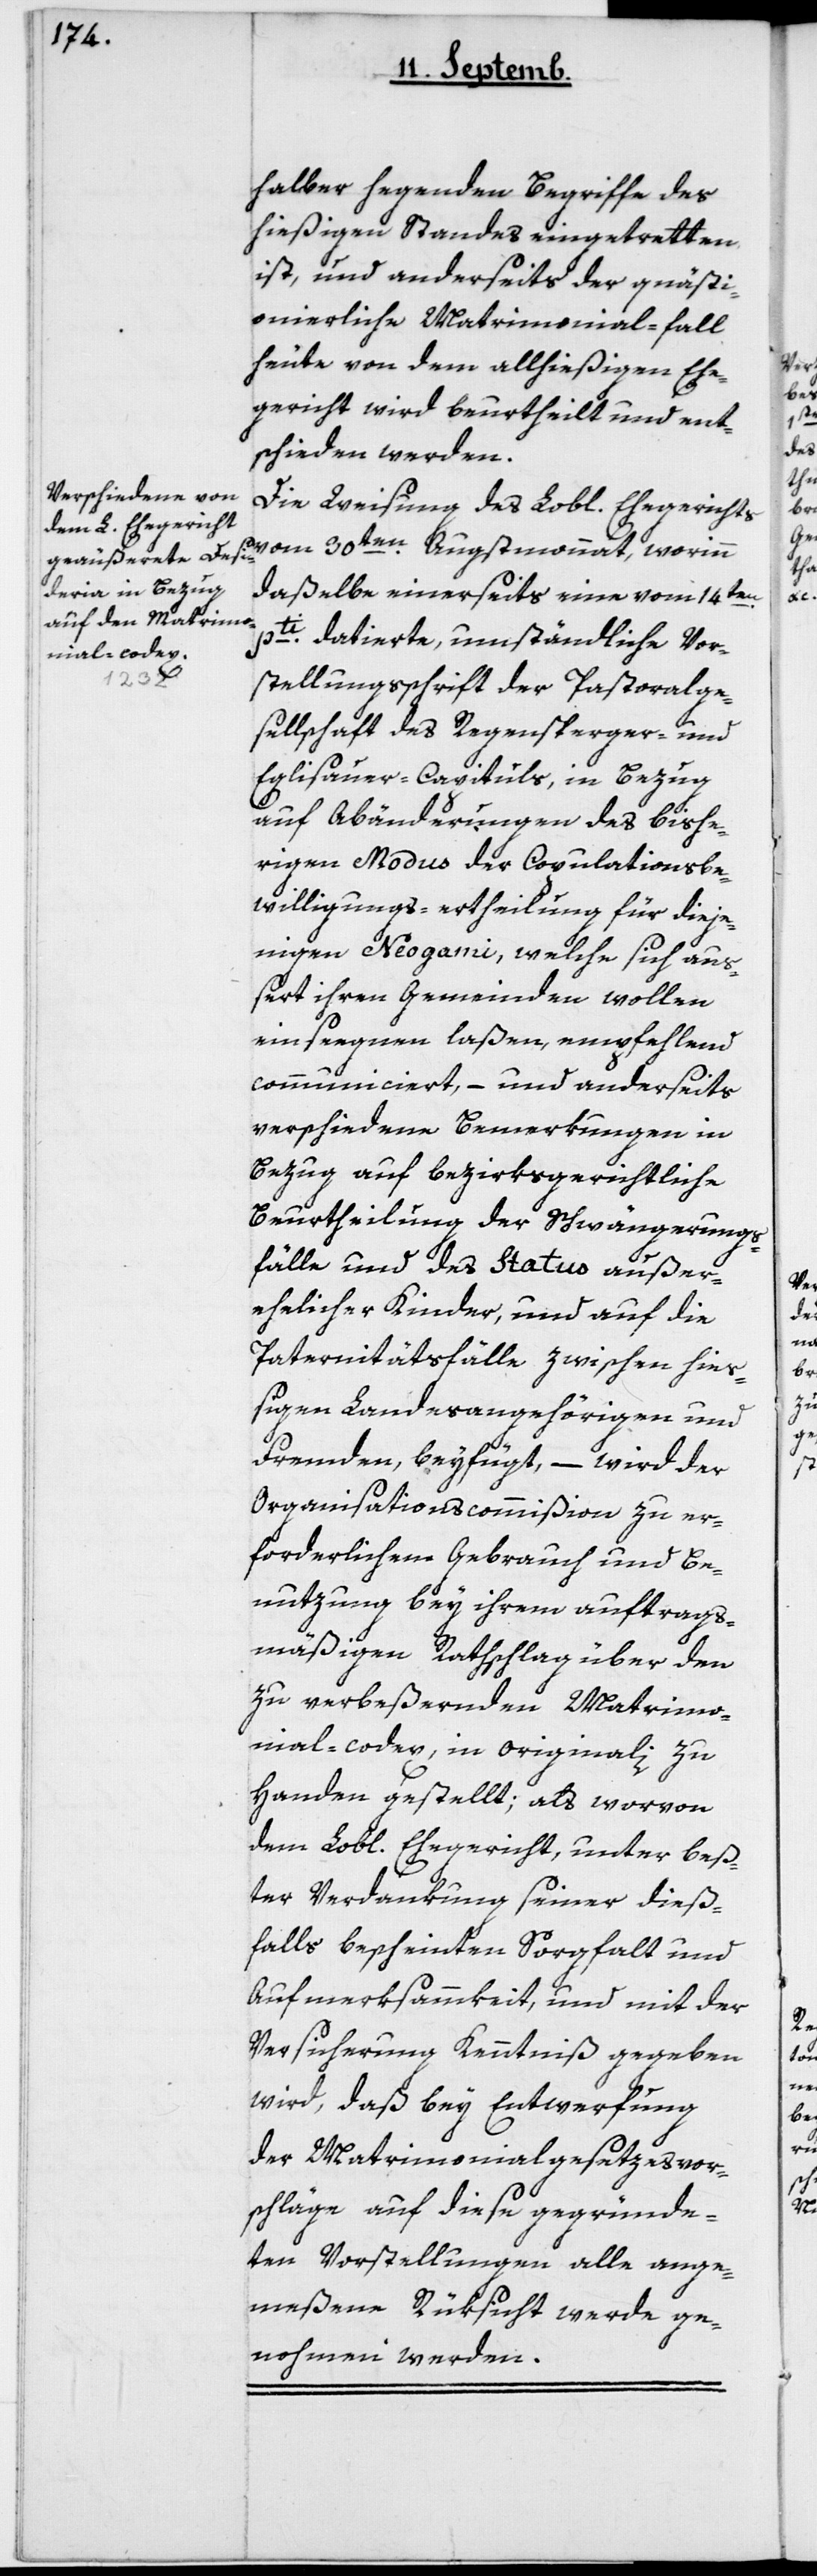
halber hegenden Begriffe des
hießigen Standes eingetretten
ist, und anderseits der quästi¬
onierliche Matrimonial-fall
heute von dem allhießigen Ehe¬
gericht wird beurtheilt und ent¬
schieden werden.
Die Weisung des L. Ehegerichts
vom 30ten Augstmonat, worinn
daßelbe einerseits eine vom 14ten
pti datierte, umständliche Vor¬
stellungsschrift der Pastoralge¬
sellschaft des Regensperger- und
Eglisauer-Capituls, in Bezug
auf Abänderungen des bishe¬
rigen Modus der Copulations-Be¬
willigungs-ertheilung für dieje¬
nigen Neogami, welche sich au¬
ßert ihren Gemeinden wollen
einsegnen laßen, empfehlend
communiciert, – und anderseits
verschiedene Bemerkungen in
Bezug auf bezirksgerichtliche
Beurtheilung der Schwängerungs¬
fälle und des Status außer¬
ehelicher Kinder, und auf die
Paternitätsfälle zwischen hie¬
ßigen Landesangehörigen und
Fremden, beyfügt, – wird der
Organisationscommißion zu er¬
forderlichem Gebrauch und Be¬
nutzung bey ihrem auftrags¬
mäßigen Rathschlag über den
zu verbeßernden Matrimo¬
nial-codex, in Originali zu
Handen gestellt; als worvon
dem L. Ehegericht, unter bes¬
ter Verdankung seiner dieß¬
falls bescheinten Sorgfalt und
Aufmerksammkeit, und mit der
Versicherung Kenntniß gegeben
wird, daß bey Entwerfung
der Matrimonial-Gesetzesvor¬
schläge auf diese gegründe¬
ten Vorstellungen alle ange¬
meßene Rüksicht werde ge¬
nohmen werden.